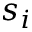
s _ { i }